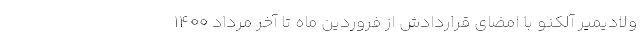
ولادیمیر آلکنو با امضای قراردادش از فروردین‌ ماه تا آخر مرداد ۱۴۰۰